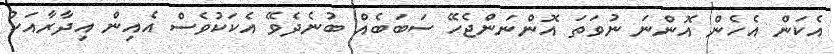
އެކަން އެހެން އޮންނަ ނުވަތަ އޮންނަންޖެހޭ ސަބަބެއް ބުނެދެވޭ އެކަކުވެސް އެއިން އިދާރާއަކު